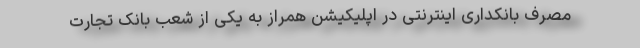
مصرف بانکداری اینترنتی در اپلیکیشن همراز به یکی از شعب بانک تجارت